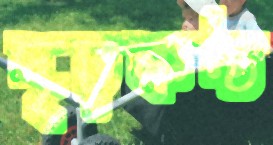
দৃঢ়কণ্ঠ